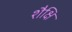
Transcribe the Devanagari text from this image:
शैक्षि